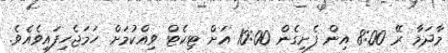
މާދަމާ ރޭ 8:00 އިން ފެށިގެން 10:00 އަށް ޓިކެޓް ވިއްކުމަށް ހަމަޖެހިފައިވެއެވެ.